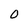
Character: 0